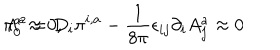
LaTeX: \pi _ { 0 } ^ { a } \approx 0 , \hspace { 1 c m } \Lambda ^ { a } = D _ { i } \pi ^ { i , a } - \frac { 1 } { 8 \pi } \epsilon _ { i j } \partial _ { i } A _ { j } ^ { a } \approx 0